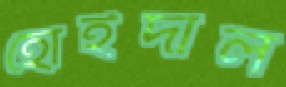
হোইদাল